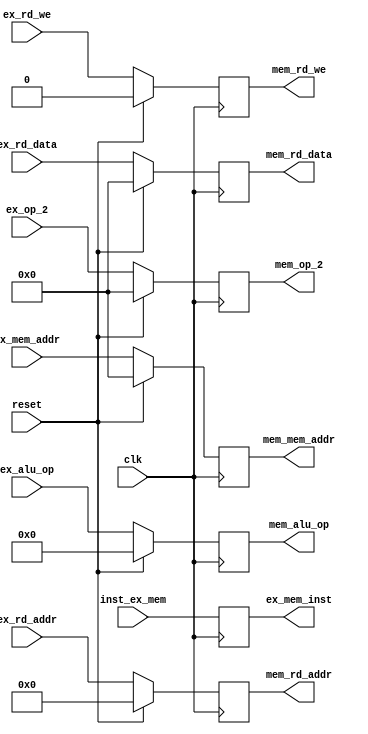
`timescale 1ns / 1ps
//////////////////////////////////////////////////////////////////////////////////
// Company: 
// Engineer: 
// 
// Design Name: 
// Module Name: reg_EX_MEM
// Project Name: 
// Target Devices: 
// Tool Versions: 
// Description: 
// 
// Dependencies: 
// 
// Revision:
// Revision 0.01 - File Created
// Additional Comments:
// 
//////////////////////////////////////////////////////////////////////////////////


module reg_EX_MEM(
    input clk,
    input reset,

    input [31:0] inst_ex_mem,

    input [4:0] ex_rd_addr, // output = input for WB 
    input ex_rd_we, // output = input for WB
    input [31:0] ex_rd_data, // Calculated Data for WB 
    input [31:0] ex_mem_addr, // Calculated addr to write to or load from 

    input wire [3:0] ex_alu_op, // Used to check if LW or SW is done in the MEM stage 
    input wire [31:0] ex_op_2, // This is used to send to the mem stage, as we have to STORE r2 in memory for SW

    output reg [4:0] mem_rd_addr, // output reg = output
    output reg mem_rd_we, // output reg = output 
    output reg [31:0] mem_rd_data, // data to write in register in WB stage two main functions only sent to the output reg is SW or LW is not the alu_op
    output reg [31:0] mem_mem_addr, // LW/SW addr for write or read 

    output reg [3:0] mem_alu_op, // SW or LW 
    output reg [31:0] mem_op_2, // Input from EX stage for the SW operation
    
    output reg [31:0] ex_mem_inst
    );

    always @(posedge clk) begin
        if(reset == 1) begin
            mem_rd_addr <= 0; //  = output
            mem_rd_we <= 0; //  = output 
            mem_rd_data <= 0; // data to write in register in WB stage two main functions only sent to the  is SW or LW is not the alu_op
            mem_mem_addr <= 0; // LW/SW addr for write or read 

            mem_alu_op <= 0;// SW or LW 
            mem_op_2 <= 0;// Input from EX stage for the SW operation
        end
        else begin
            mem_rd_addr <= ex_rd_addr; //  = output
            mem_rd_we <= ex_rd_we; //  = output 
            mem_rd_data <= ex_rd_data; // data to write in register in WB stage two main functions only sent to the  is SW or LW is not the alu_op
            mem_mem_addr <= ex_mem_addr; // LW/SW addr for write or read 

            mem_alu_op <= ex_alu_op;// SW or LW 
            mem_op_2 <= ex_op_2;// Input from EX stage for the SW operation
        end
    end
    
    always @(posedge clk) begin
        ex_mem_inst <= inst_ex_mem;
    end

endmodule